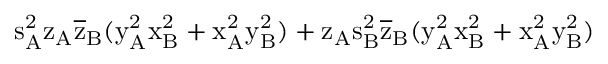
\mathrm { s _ { A } ^ { 2 } \mathrm { z _ { A } \mathrm { \overline { { z } } _ { B } ( \mathrm { y _ { A } ^ { 2 } \mathrm { x _ { B } ^ { 2 } + \mathrm { x _ { A } ^ { 2 } \mathrm { y _ { B } ^ { 2 } ) + \mathrm { z _ { A } \mathrm { s _ { B } ^ { 2 } \mathrm { \overline { { z } } _ { B } ( \mathrm { y _ { A } ^ { 2 } \mathrm { x _ { B } ^ { 2 } + \mathrm { x _ { A } ^ { 2 } \mathrm { y _ { B } ^ { 2 } ) } } } } } } } } } } } } } }